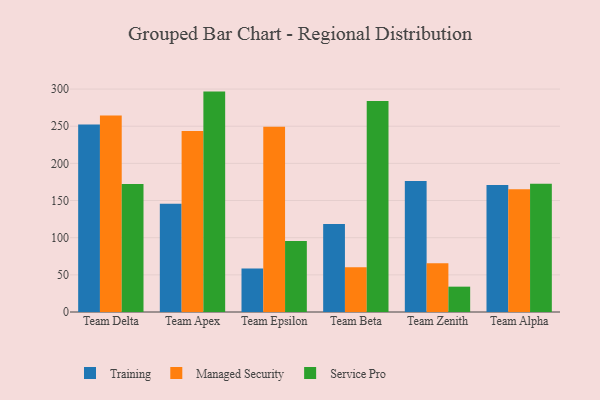
{"axis": {"x": "Team", "y": "Churn Rate (%)"}, "legend": ["Managed Security", "Service Pro", "Training"], "data": [{"x": "Team Delta", "y": 252.4, "type": "Training"}, {"x": "Team Delta", "y": 264.6, "type": "Managed Security"}, {"x": "Team Delta", "y": 172.3, "type": "Service Pro"}, {"x": "Team Apex", "y": 145.7, "type": "Training"}, {"x": "Team Apex", "y": 243.6, "type": "Managed Security"}, {"x": "Team Apex", "y": 296.6, "type": "Service Pro"}, {"x": "Team Epsilon", "y": 58.7, "type": "Training"}, {"x": "Team Epsilon", "y": 249.4, "type": "Managed Security"}, {"x": "Team Epsilon", "y": 95.5, "type": "Service Pro"}, {"x": "Team Beta", "y": 118.4, "type": "Training"}, {"x": "Team Beta", "y": 60.2, "type": "Managed Security"}, {"x": "Team Beta", "y": 284.1, "type": "Service Pro"}, {"x": "Team Zenith", "y": 176.2, "type": "Training"}, {"x": "Team Zenith", "y": 65.7, "type": "Managed Security"}, {"x": "Team Zenith", "y": 34.1, "type": "Service Pro"}, {"x": "Team Alpha", "y": 170.8, "type": "Training"}, {"x": "Team Alpha", "y": 165.3, "type": "Managed Security"}, {"x": "Team Alpha", "y": 172.5, "type": "Service Pro"}]}